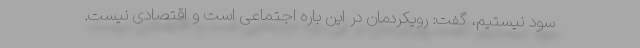
سود نیستیم، گفت: رویکردمان در این باره اجتماعی است و اقتصادی نیست.